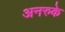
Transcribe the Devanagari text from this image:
अनरुके